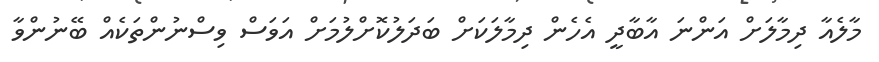
މާލެއާ ދިމާލަށް އަންނަ އާބާދީ އެހެން ދިމާލަކަށް ބަދަލުކޮށްލުމަށް އަވަސް ވިސްނުންތަކެއް ބޭނުންވާ